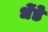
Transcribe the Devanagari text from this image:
धेंडे